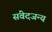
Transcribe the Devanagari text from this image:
संवेदजन्य